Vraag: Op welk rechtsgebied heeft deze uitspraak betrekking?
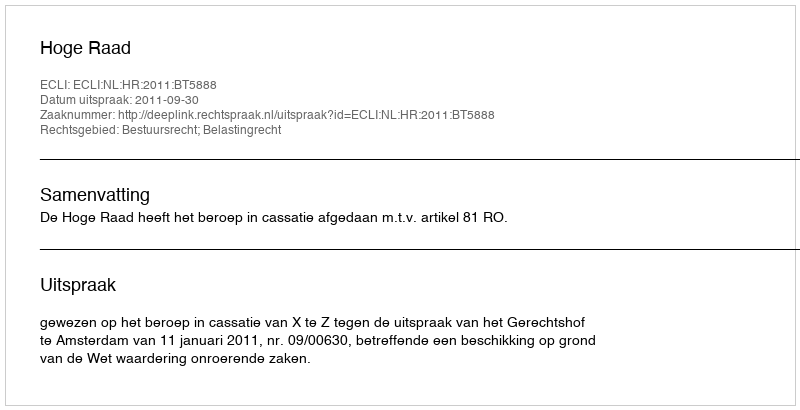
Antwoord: Bestuursrecht; Belastingrecht